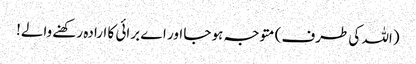
(اللہ کی طرف) متوجہ ہو جا اور اے برائی کا ارادہ رکھنے والے!